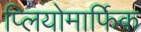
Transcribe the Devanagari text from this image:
प्लियोमार्फिक